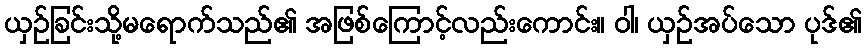
ယှဉ်ခြင်းသို့မရောက်သည်၏ အဖြစ်ကြောင့်လည်းကောင်း။ ဝါ၊ ယှဉ်အပ်သော ပုဒ်၏